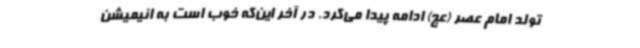
تولد امام عصر (عج) ادامه پیدا می‌کرد. در آخر این‌که خوب است به انیمیشن